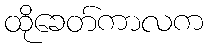
ထိုခေတ်ကာလက